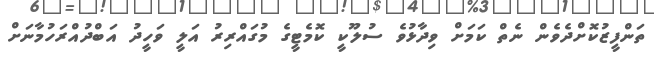
ތަންފީޒުކޮށްދެވެން ނެތް ކަމަށް ވިދާޅުވެ ސުލޫކީ ކޮމެޓީގެ މުގައްރިރު އަލީ ވަހީދު އަބްދުއްރަހުމާނަށް